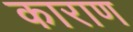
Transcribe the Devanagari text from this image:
काराण